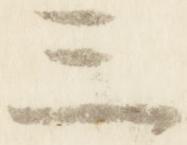
三